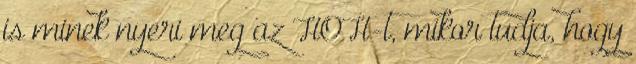
is minek nyeri meg az HOH-t, mikor tudja, hogy